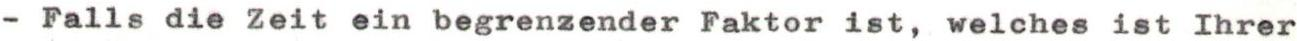
- Falls die Zeit ein begrenzender Faktor ist, welches ist Ihrer